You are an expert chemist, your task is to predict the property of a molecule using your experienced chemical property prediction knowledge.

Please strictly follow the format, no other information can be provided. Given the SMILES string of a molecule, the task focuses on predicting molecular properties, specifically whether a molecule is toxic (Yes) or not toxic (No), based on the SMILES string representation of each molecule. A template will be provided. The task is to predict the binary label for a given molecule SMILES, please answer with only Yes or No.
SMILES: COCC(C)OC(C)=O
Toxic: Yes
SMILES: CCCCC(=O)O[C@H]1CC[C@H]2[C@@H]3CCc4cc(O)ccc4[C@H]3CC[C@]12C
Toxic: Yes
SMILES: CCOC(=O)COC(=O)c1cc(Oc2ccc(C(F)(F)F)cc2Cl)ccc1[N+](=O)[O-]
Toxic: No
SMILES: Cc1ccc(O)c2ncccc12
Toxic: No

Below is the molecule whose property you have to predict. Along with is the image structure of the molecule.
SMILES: CCN(Cc1cccc(S(=O)(=O)[O-])c1)c1ccc(C(=C2C=CC(=[N+](CC)Cc3cccc(S(=O)(=O)[O-])c3)C=C2)c2ccccc2)cc1
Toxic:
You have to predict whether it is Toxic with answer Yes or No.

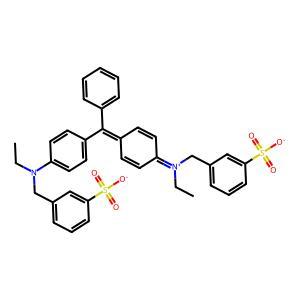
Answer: No